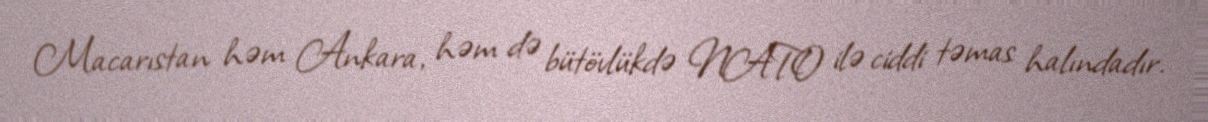
Macarıstan həm Ankara, həm də bütövlükdə NATO ilə ciddi təmas halındadır.